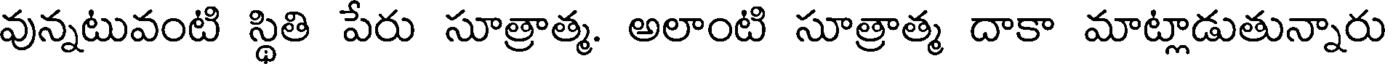
వున్నటువంటి స్థితి పేరు సూత్రాత్మ. అలాంటి సూత్రాత్మ దాకా మాట్లాడుతున్నారు